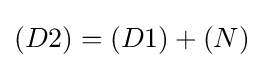
(D2)=(D1)+(N)